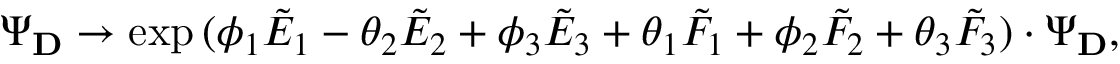
\Psi _ { \bf D } \rightarrow \exp { ( \phi _ { 1 } { \tilde { E } } _ { 1 } - \theta _ { 2 } { \tilde { E } } _ { 2 } + \phi _ { 3 } { \tilde { E } } _ { 3 } + \theta _ { 1 } { \tilde { F } } _ { 1 } + \phi _ { 2 } { \tilde { F } } _ { 2 } + \theta _ { 3 } { \tilde { F } } _ { 3 } ) } \cdot \Psi _ { \bf D } ,